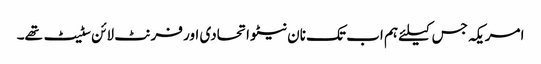
امریکہ جس کیلئے ہم اب تک نان نیٹو اتحادی اور فرنٹ لائن سٹیٹ تھے۔